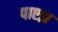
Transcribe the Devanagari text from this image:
पाएझ